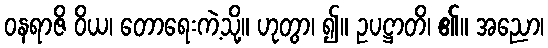
ဝနရာဇိ ဝိယ၊ တောရေးကဲ့သို့။ ဟုတွာ၊ ၍။ ဥပဋ္ဌာတိ၊ ၏။ အညော၊